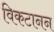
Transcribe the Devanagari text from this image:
विकटानन